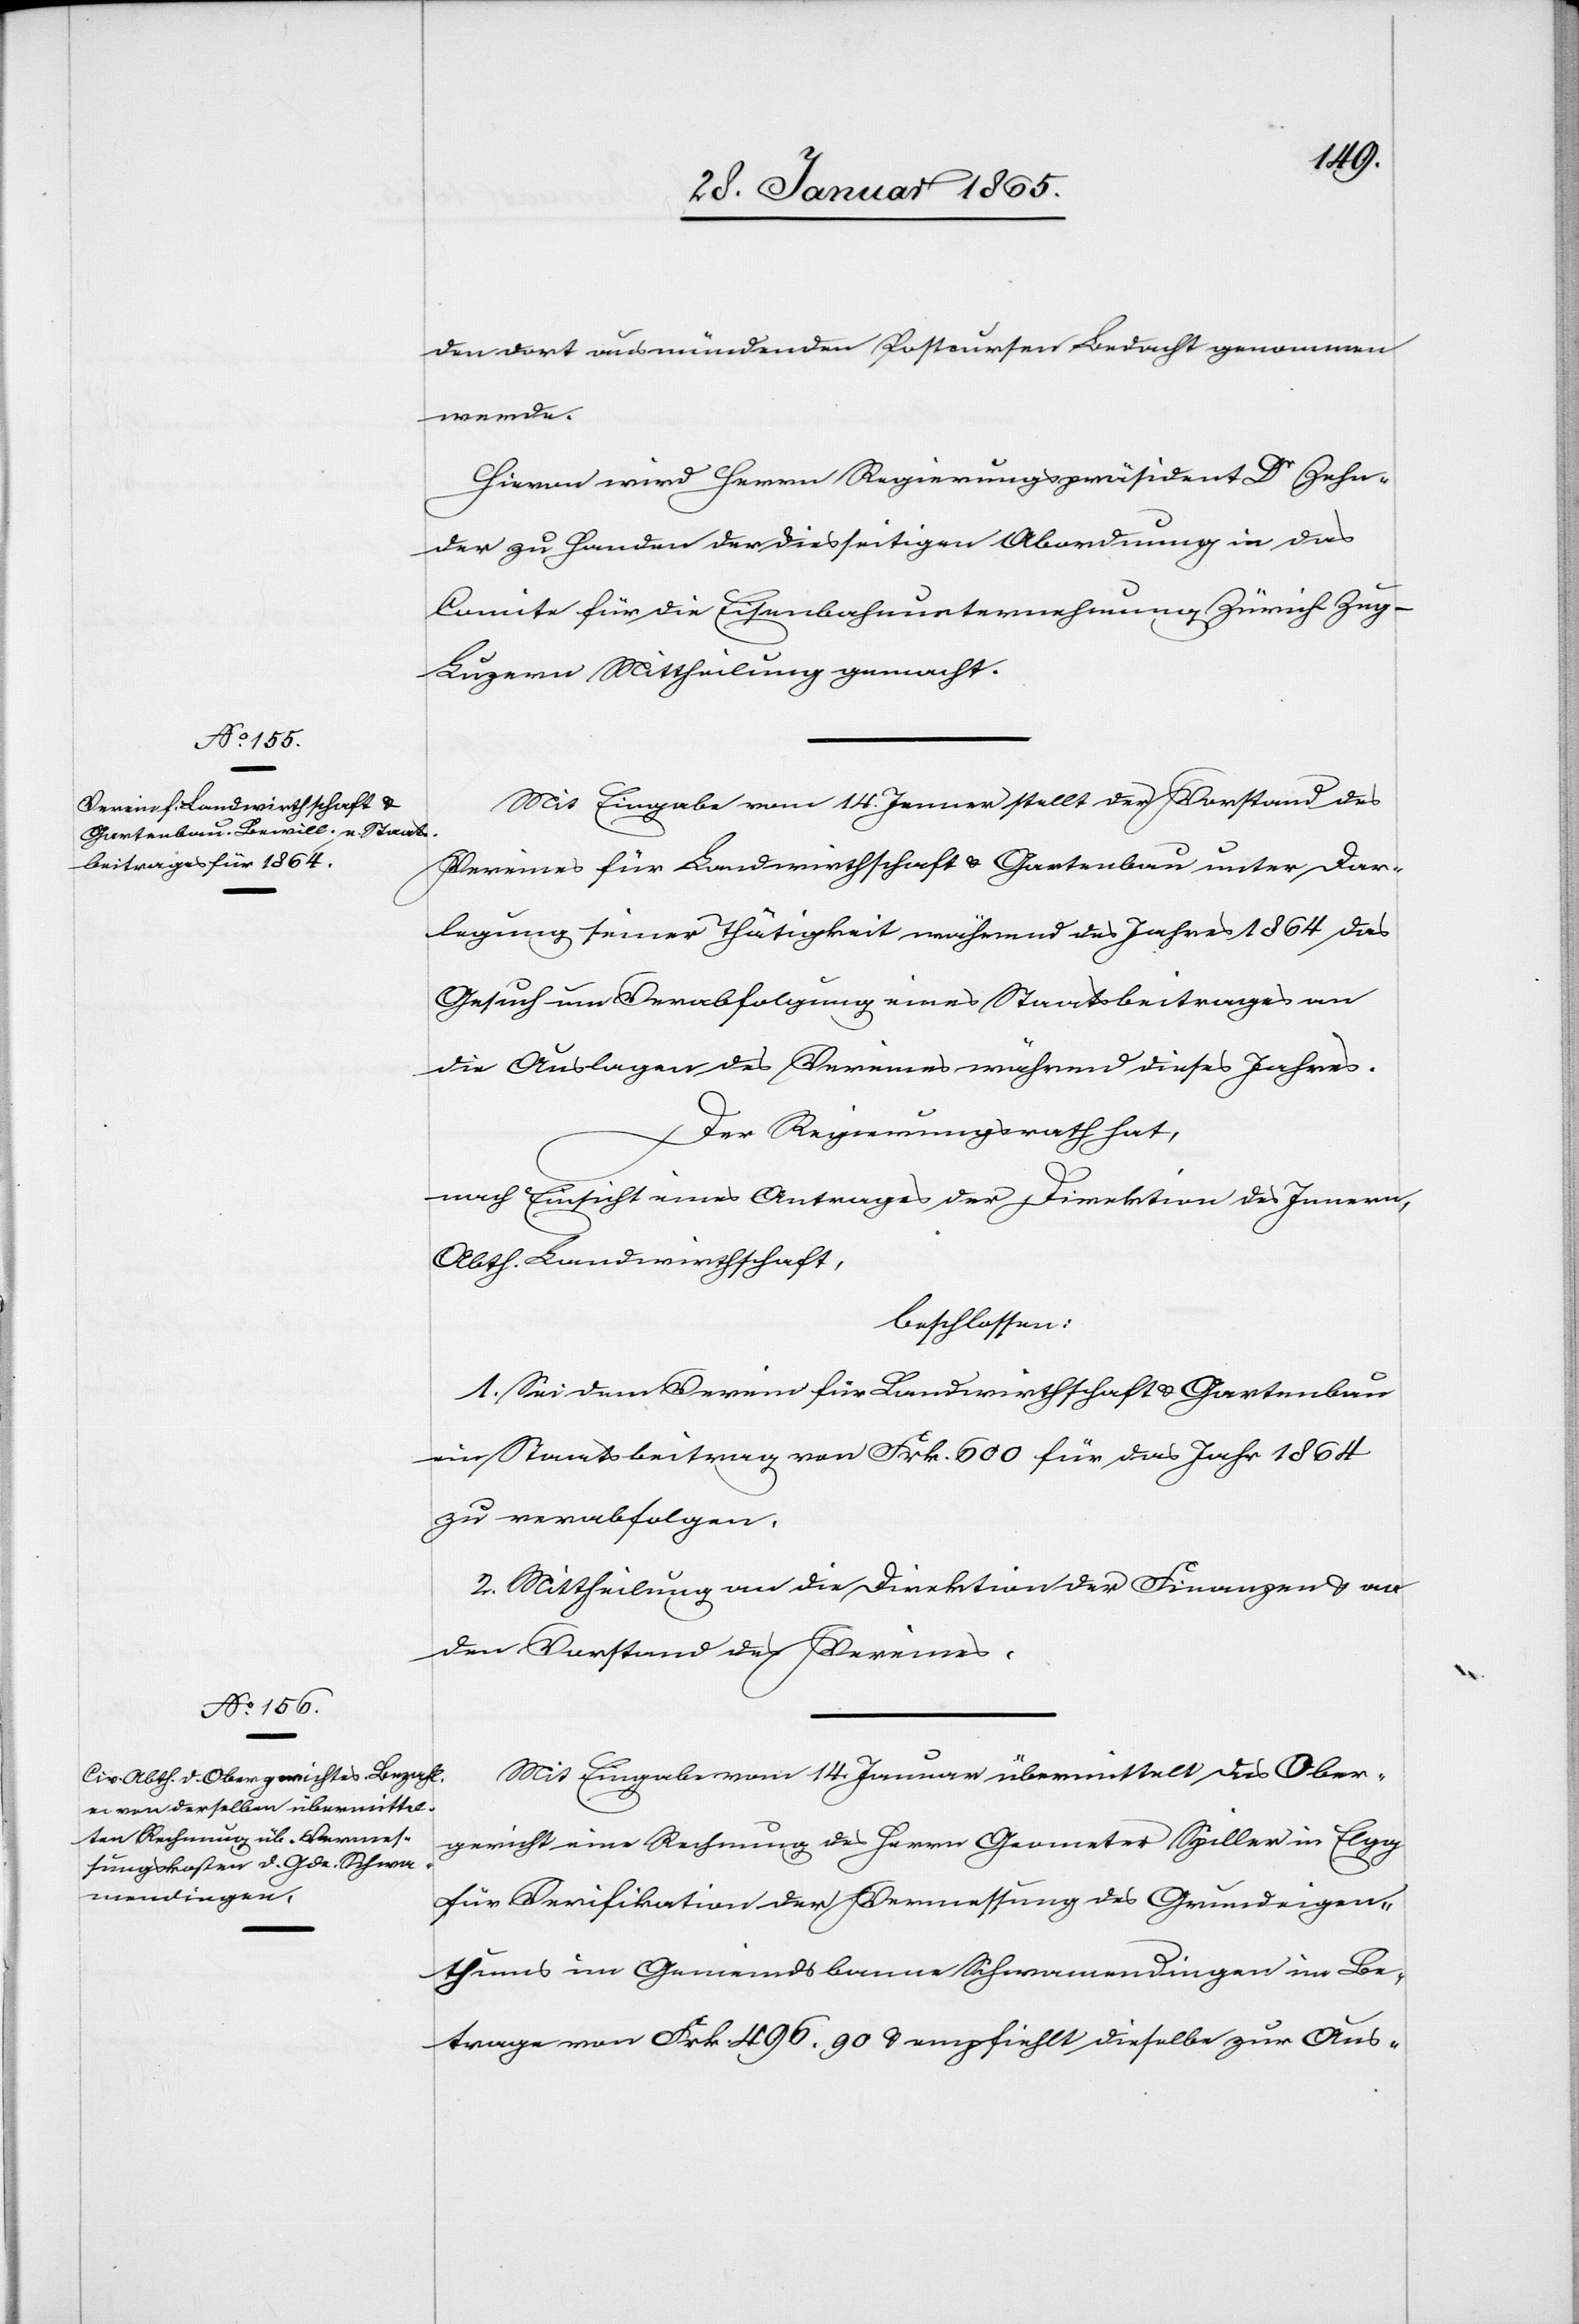
den dort ausmündenden Postcursen Bedacht genommen
werde.
Hievon wird Herrn Regierungspräsident Dr Zehn¬
der zu Handen der diesseitigen Abordnung in das
Comite für die Eisenbahnunternehmung Zürich-Zug-L¬
uzern Mittheilung gemacht.
Mit Eingabe vom 14. Jenner stellt der Vorstand des
Vereines für Landwirthschaft u. Gartenbau unter Dar¬
legung seiner Thätigkeit während des Jahres 1864 das
Gesuch um Verabfolgung eines Staatsbeitrages an
die Auslagen des Vereines während dieses Jahres.
Der Regierungsrath hat,
nach Einsicht eines Antrages der Direktion des Innern,
Abth. Landwirthschaft,
beschlossen:
1. Sei dem Verein für Landwirthschaft u. Gartenbau
ein Staatsbeitrag von Frk. 600 für das Jahr 1864
zu verabfolgen.
2. Mittheilung an die Direktion der Finanzen u. an
den Vorstand des Vereines.
Mit Eingabe vom 14. Januar übermittelt das Ober¬
gericht eine Rechnung des Herrn Geometer Spiller in Elgg
für Verifikation der Vermessung des Grundeigen¬
thums im Gemeindsbanne Schwamendingen im Be¬
trage von Frk. 496. 90 u. empfiehlt dieselbe zur Aus-